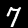
Digit: 7